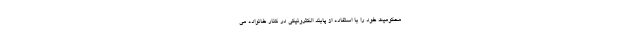
محکومیت خود را با استفاده از پابند الکترونیکی در کنار خانواده می‌